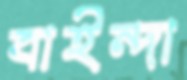
বাইন্দা